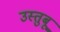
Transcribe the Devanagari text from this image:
उस्तुबू